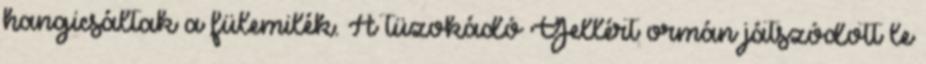
hangicsáltak a fülemilék. A tüzokádó Gellért ormán játszódott le